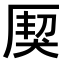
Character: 𤟐